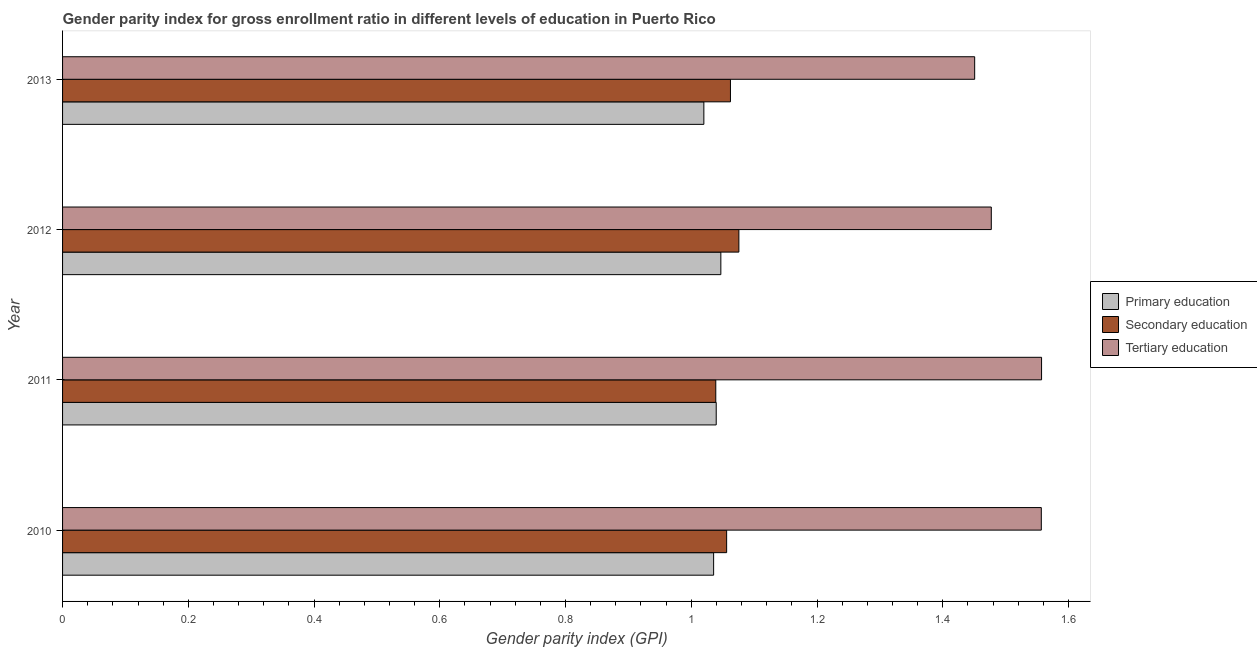
| Year | Primary education | Secondary education | Tertiary education |
 | --- | --- | --- | --- |
 | 2010 | 1.04 | 1.06 | 1.56 |
 | 2011 | 1.04 | 1.04 | 1.56 |
 | 2012 | 1.05 | 1.08 | 1.48 |
 | 2013 | 1.02 | 1.06 | 1.45 |